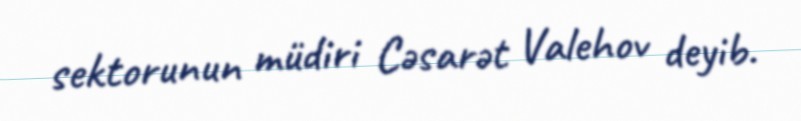
sektorunun müdiri Cəsarət Valehov deyib.